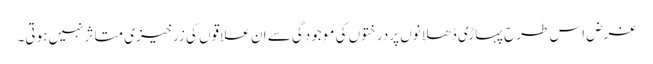
غرض اس طرح پہاڑی ڈھلانوں پردرختوں کی موجودگی سے ان علاقوں کی زرخیزی متاثرنہیں ہوتی۔